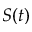
S ( t )